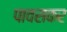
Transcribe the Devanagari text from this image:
पावसकर